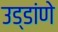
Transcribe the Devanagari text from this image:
उड्डांणे